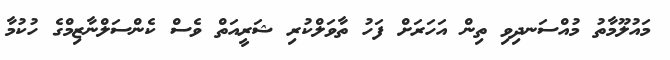
މައުލޫމާތު މުއްސަނދިވި ތިން އަހަރަށް ފަހު ތާވަލްކުރި ޝަރީއަތް ވެސް ކެންސަލްނާޒިމްގެ ހުކުމާ